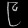
Digit: ၉